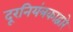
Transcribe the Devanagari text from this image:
दूरनियंत्रकाद्वारे